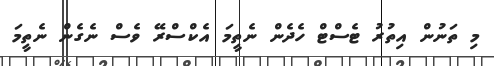
މި ތަނުން އިތުރު ޓެސްޓް ހެދެން ނެތީމަ އެކްސްރޭ ވެސް ނެގެން ނެތީމަ